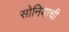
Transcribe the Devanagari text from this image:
सोनियाची